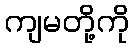
ကျမတို့ကို